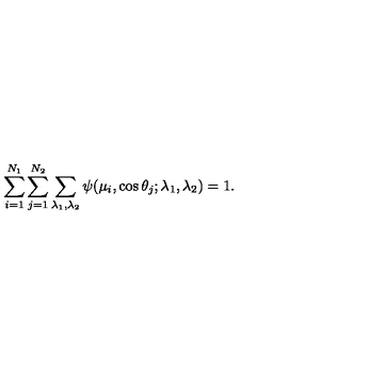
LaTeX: \sum _ { i = 1 } ^ { N _ { 1 } } \sum _ { j = 1 } ^ { N _ { 2 } } \sum _ { \lambda _ { 1 } , \lambda _ { 2 } } \psi ( \mu _ { i } , \cos \theta _ { j } ; \lambda _ { 1 } , \lambda _ { 2 } ) = 1 .